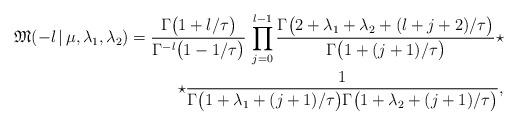
LaTeX: \begin{align*}\mathfrak{M}(-l\,|\,\mu,\lambda_1,\lambda_2) =\frac{\Gamma\bigl(1+l/\tau\bigr)} {\Gamma^{-l}\bigl(1-1/\tau\bigr)}\,\prod\limits_{j=0}^{l-1}\frac{\Gamma\bigl(2+\lambda_1+\lambda_2+(l+j+2)/\tau\bigr)}{\Gamma\bigl(1+(j+1)/\tau\bigr)}\star \\\star\frac{1}{\Gamma\bigl(1+\lambda_1+(j+1)/\tau\bigr)\Gamma\bigl(1+\lambda_2+(j+1)/\tau\bigr)},\end{align*}